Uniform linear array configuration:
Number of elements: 24
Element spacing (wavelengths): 1
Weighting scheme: binomial
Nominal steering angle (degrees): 30
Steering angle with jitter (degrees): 28.309
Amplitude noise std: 0.05
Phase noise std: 0.05

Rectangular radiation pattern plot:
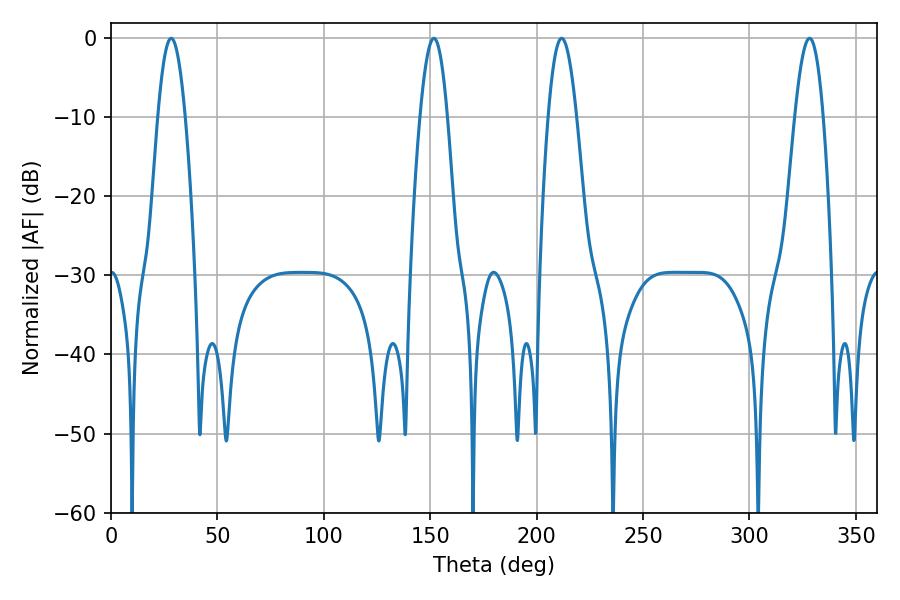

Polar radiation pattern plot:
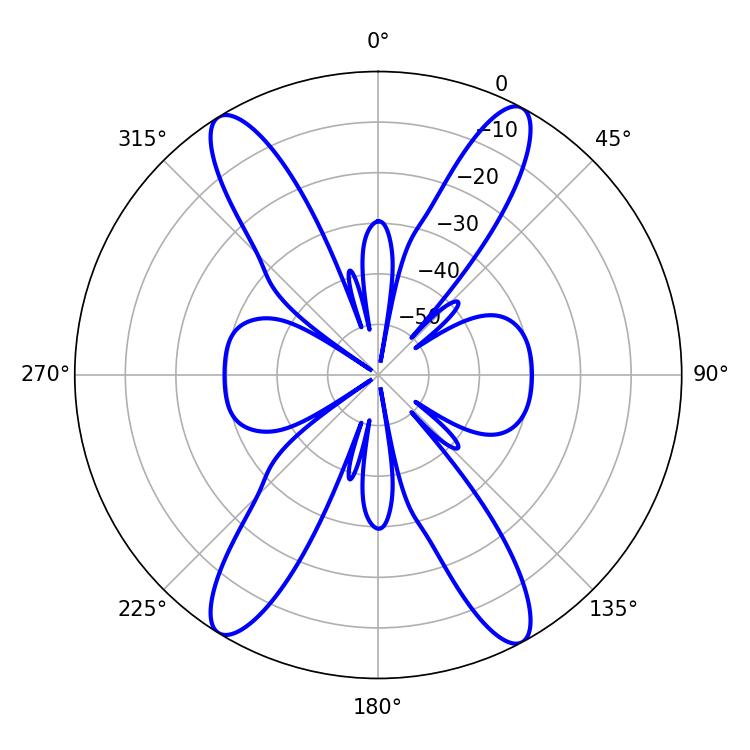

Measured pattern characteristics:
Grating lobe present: TRUE
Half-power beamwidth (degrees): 7.02
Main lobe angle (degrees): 28.26